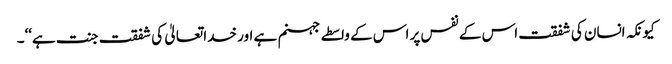
کیونکہ انسان کی شفقت اس کے نفس پر اس کے واسطے جہنم ہے اور خدا تعالیٰ کی شفقت جنت ہے‘‘۔